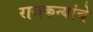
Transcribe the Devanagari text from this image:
राजकन्यांचे